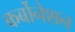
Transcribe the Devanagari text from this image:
कर्बोनेशन